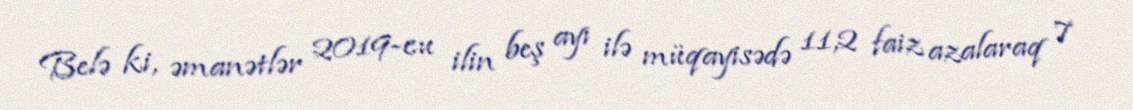
Belə ki, əmanətlər 2019-cu ilin beş ayı ilə müqayisədə 11,2 faiz azalaraq 7